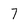
Character: 7